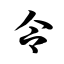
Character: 令